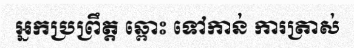
អ្នកប្រព្រឹត្ត ឆ្ពោះ ទៅកាន់ ការត្រាស់